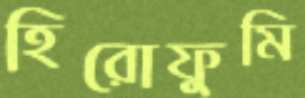
হিরোফুমি